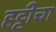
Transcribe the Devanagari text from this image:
हट्टीचा